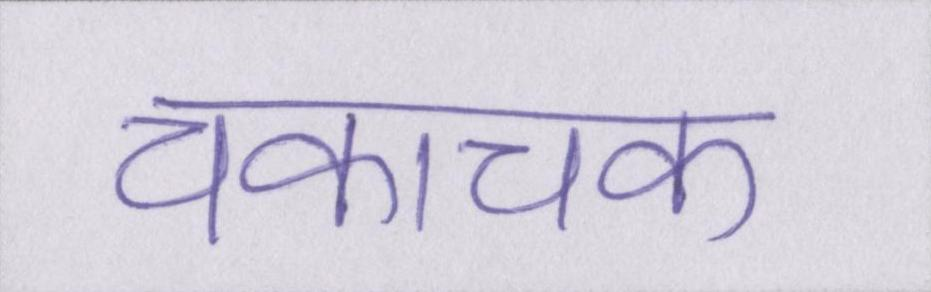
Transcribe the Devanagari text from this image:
चकाचक